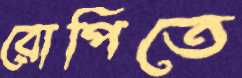
রোপিতে